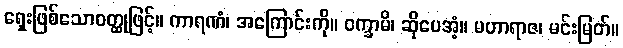
ရှေးဖြစ်သောဝတ္ထုဖြင့်။ ကာရဏံ၊ အကြောင်းကို။ ဝက္ခာမိ၊ ဆိုပေအံ့။ မဟာရာဇ၊ မင်းမြတ်။